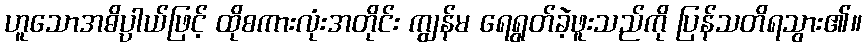
ဟူသောအဓိပ္ပါယ်ဖြင့် ထိုစကားလုံးအတိုင်း ကျွန်မ ရေရွတ်ခဲ့ဖူးသည်ကို ပြန်သတိရသွား၏။